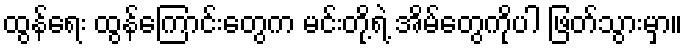
ထွန်ရေး ထွန်ကြောင်းတွေက မင်းတို့ရဲ့ အိမ်တွေကိုပါ ဖြတ်သွားမှာ။